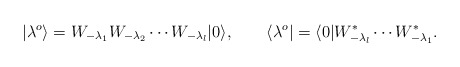
\begin{align*}|\lambda^{o}\rangle=W_{-\lambda_1}W_{-\lambda_2}\cdots W_{-\lambda_l}|0\rangle, \qquad\langle \lambda^{o}|=\langle 0|W^*_{-\lambda_l}\cdots W^*_{-\lambda_1}.\end{align*}